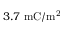
3 . 7 ~ \mathrm { m C / m ^ { 2 } }